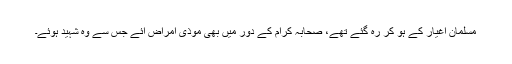
مسلمان اغیار کے ہو کر رہ گئے تھے، صحابہ کرامؓ کے دور میں بھی موذی امراض آئے جس سے وہ شہید ہوئے۔